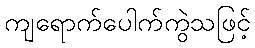
ကျရောက်ပေါက်ကွဲသဖြင့်